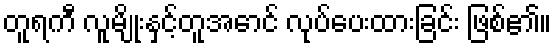
တူရကီ လူမျိုးနှင့်တူအောင် လုပ်ပေးထားခြင်း ဖြစ်၏။